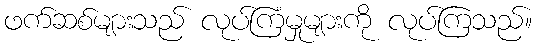
ဖက်ဆစ်များသည် လုပ်ကြံမှုများကို လုပ်ကြသည်။